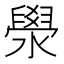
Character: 澩